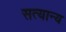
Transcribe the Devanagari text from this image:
सत्यान्य